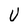
Character: U